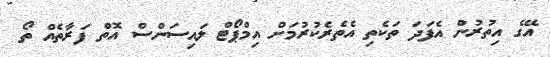
އޭގެ އިތުރުން އެފަދަ ތަކެތި އެތެރެކުރުމަށް އިމްޕޯޓް ލައިސަންސް އޮތް ފަރާތެއް ތޯ